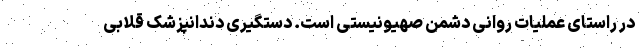
در راستای عملیات روانی دشمن صهیونیستی است. دستگیری دندانپزشک قلابی